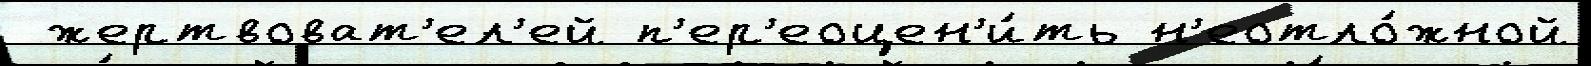
 жертвоват'ел'ей п'ер'еоцен'и́ть н'еотло́жной